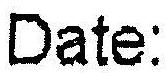
DATE: